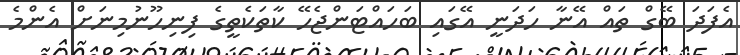
އެފަދަ ބޭގް ތައް އޭނާ ހަދަނީ އޭގައި ބަހައްޓަންޖެހޭ ކާތަކެތީގެ ފިނިހޫނުމިނަށް އެންމެ